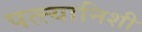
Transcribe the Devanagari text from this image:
पत्त्यानिशी